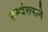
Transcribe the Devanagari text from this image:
समर्थरूपाने